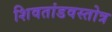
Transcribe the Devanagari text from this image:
शिवतांडवस्तोत्र